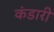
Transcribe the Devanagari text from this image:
कंडारी